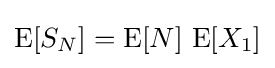
\operatorname {E} [S_{N}]=\operatorname {E} [N]\,\operatorname {E} [X_{1}]